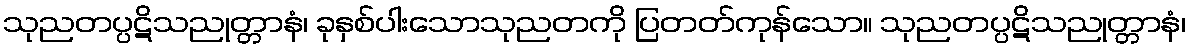
သုညတပ္ပဋိသညုတ္တာနံ၊ ခုနှစ်ပါးသောသုညတကို ပြတတ်ကုန်သော။ သုညတပ္ပဋိသညုတ္တာနံ၊